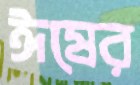
ঈষের